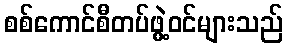
စစ်ကောင်စီတပ်ဖွဲ့ဝင်များသည်